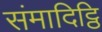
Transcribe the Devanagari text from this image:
संमादिट्ठि